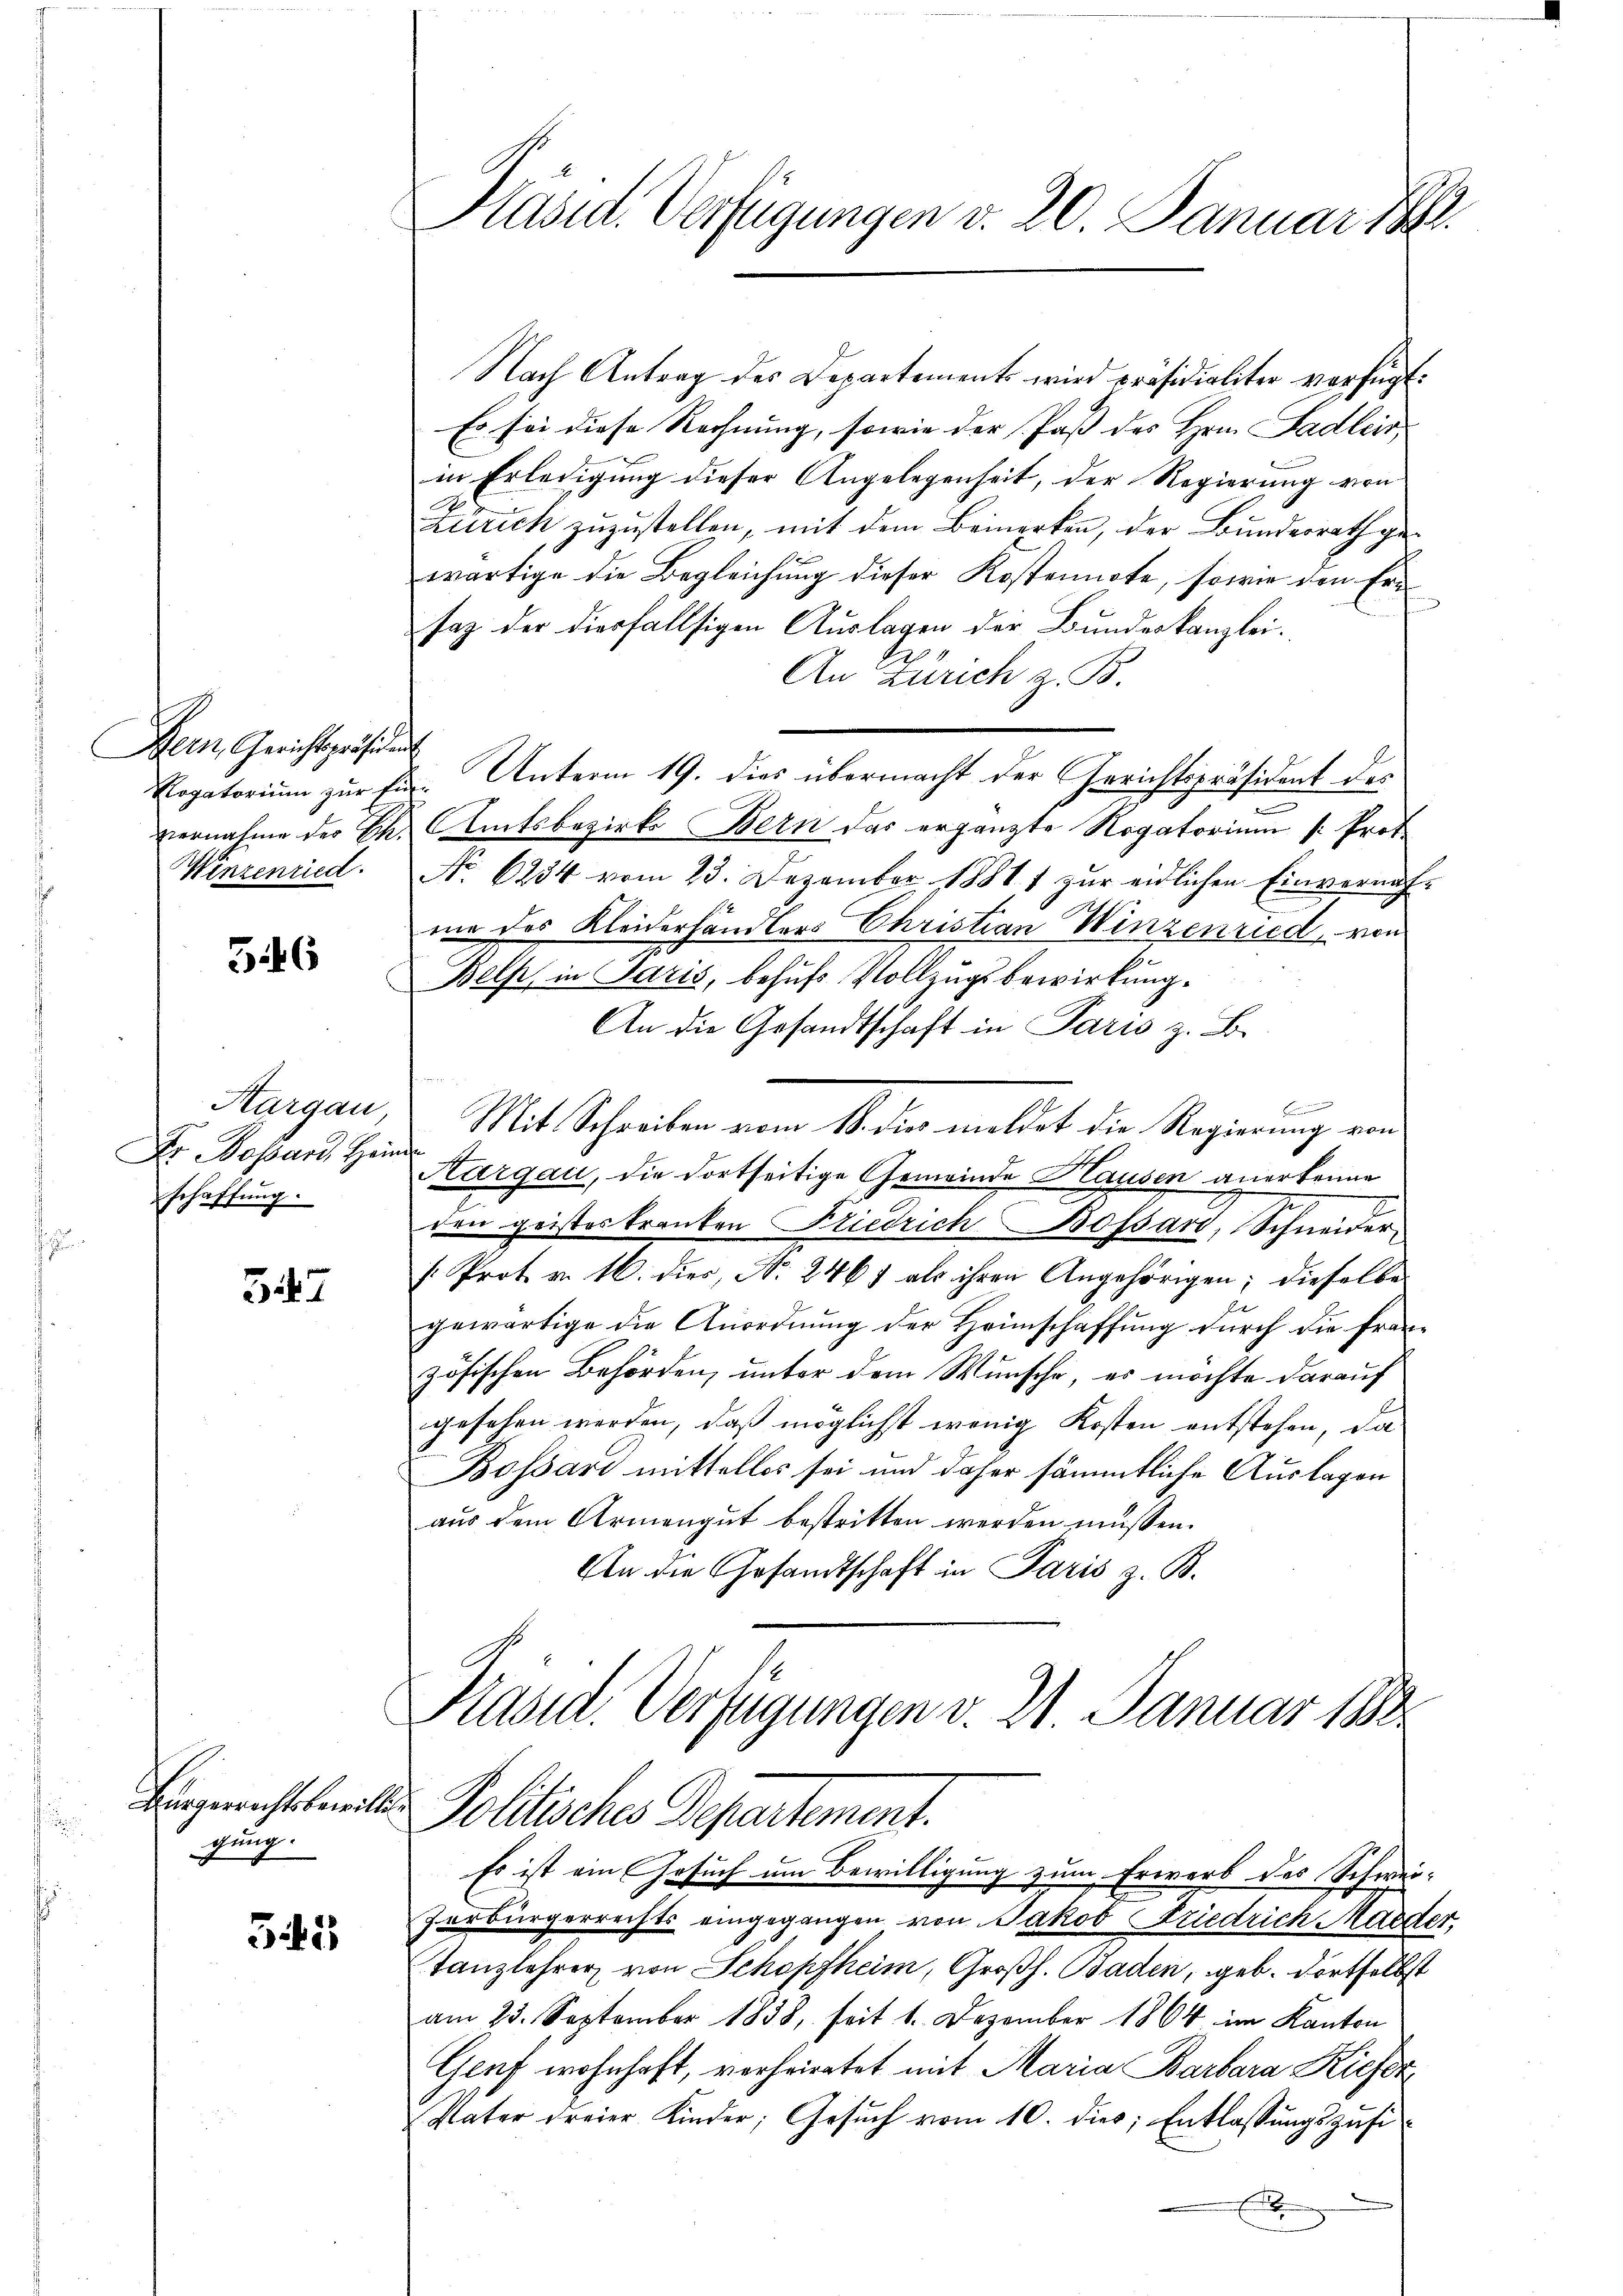
Bern, Gerichtspräsident
Winzenried.

346

Dr Bossard Hein
schaffung.

547

Bürgerrechtsbewilli
gung.

545

Präsid. Verfügungen v. 20. Januar 18

Nach Antrag des Departements wird präsidialiter verfügt:
Es sei diese Rechnung, sowie der Pass des Hrn. Sadlers,
in Erledigung dieser Angelegenheit, der Regierung von
Zürich zuzustellen, mit dem Beinerken, der Bundesrath gewärtige die Begleichung dieser Kostennote, sowie den Ersaz der diesfallsigen Auslagen der Bundeskanzlei.
An Zürich z. B.
Kogatorium zur Ein- Unterm 19. dies übermacht der Gerichtspräsident des
vernahme der Ch. Amtsbezirks Bern das ergänzte Rogatorium (: Prof.
No. 6234 vom 23. Dezember 1881 1 zur eidlichen Einvernahme des Kleiderhändlers Christian Winzenried, von
Bels, in Paris, behufs Vollzugsbewirkung.
An die Gesandtschaft in Paris z. B.
Siehen
Aargau, Mit Schreiben vom 18. dies meldet die Regierung von
Kargau, die dortseitige Gemeinde Hausen anerkenne
den geisteskranken Friedrich-Bossari, Schneider¬
: Prot. v. 16. dies, No. 2467 als ihren Angehörigen; dieselbe
gewärtige die Anordnung der Heimschaffung durch die fran-
zösischen Behörden, unter dem Wunsche, es möchte darauf
gesehen werden, daß möglichst wenig Kosten entstehen, da
Bossard mittellos sei und daher sämmtliche Auslagen
aus dem Armengut bestritten werden müssen.
An die Gesandtschaft in Paris z. B.

Pasid. Verfügungen v. 21. Januar 1888
Pollisches Departement.
Es ist ein Gesuch um Bewilligung zum Erwerb des Schwei-

Zerbürgerrechts eingegangen von Jakob Friedrich Mader,
Tanzlehrer von Schopfheim, Großh. Baden, geb. dortselbst
am 23. September 1838, seit 1. Dezember 1864 im Kanton
Graf wohnhaft, verheiratet mit Maria Barbara Kiefer
Vater dreier Kinder; Gesuch vom 10. dies; Entlassungszusix